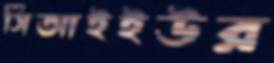
সিআইইউর